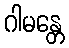
ဂါမန္တေ